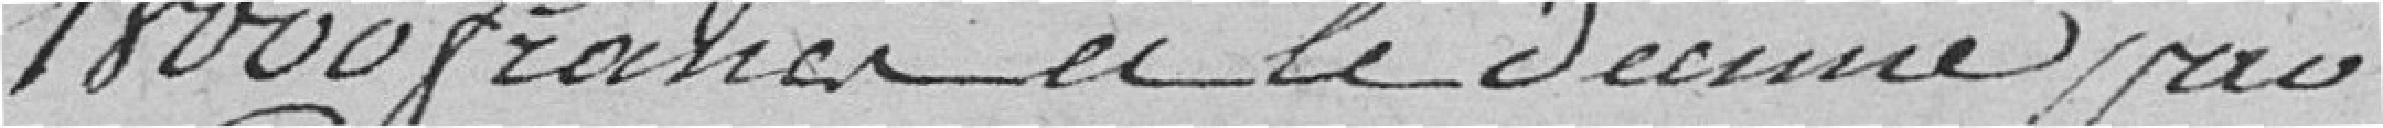
18000 francs et le décime par